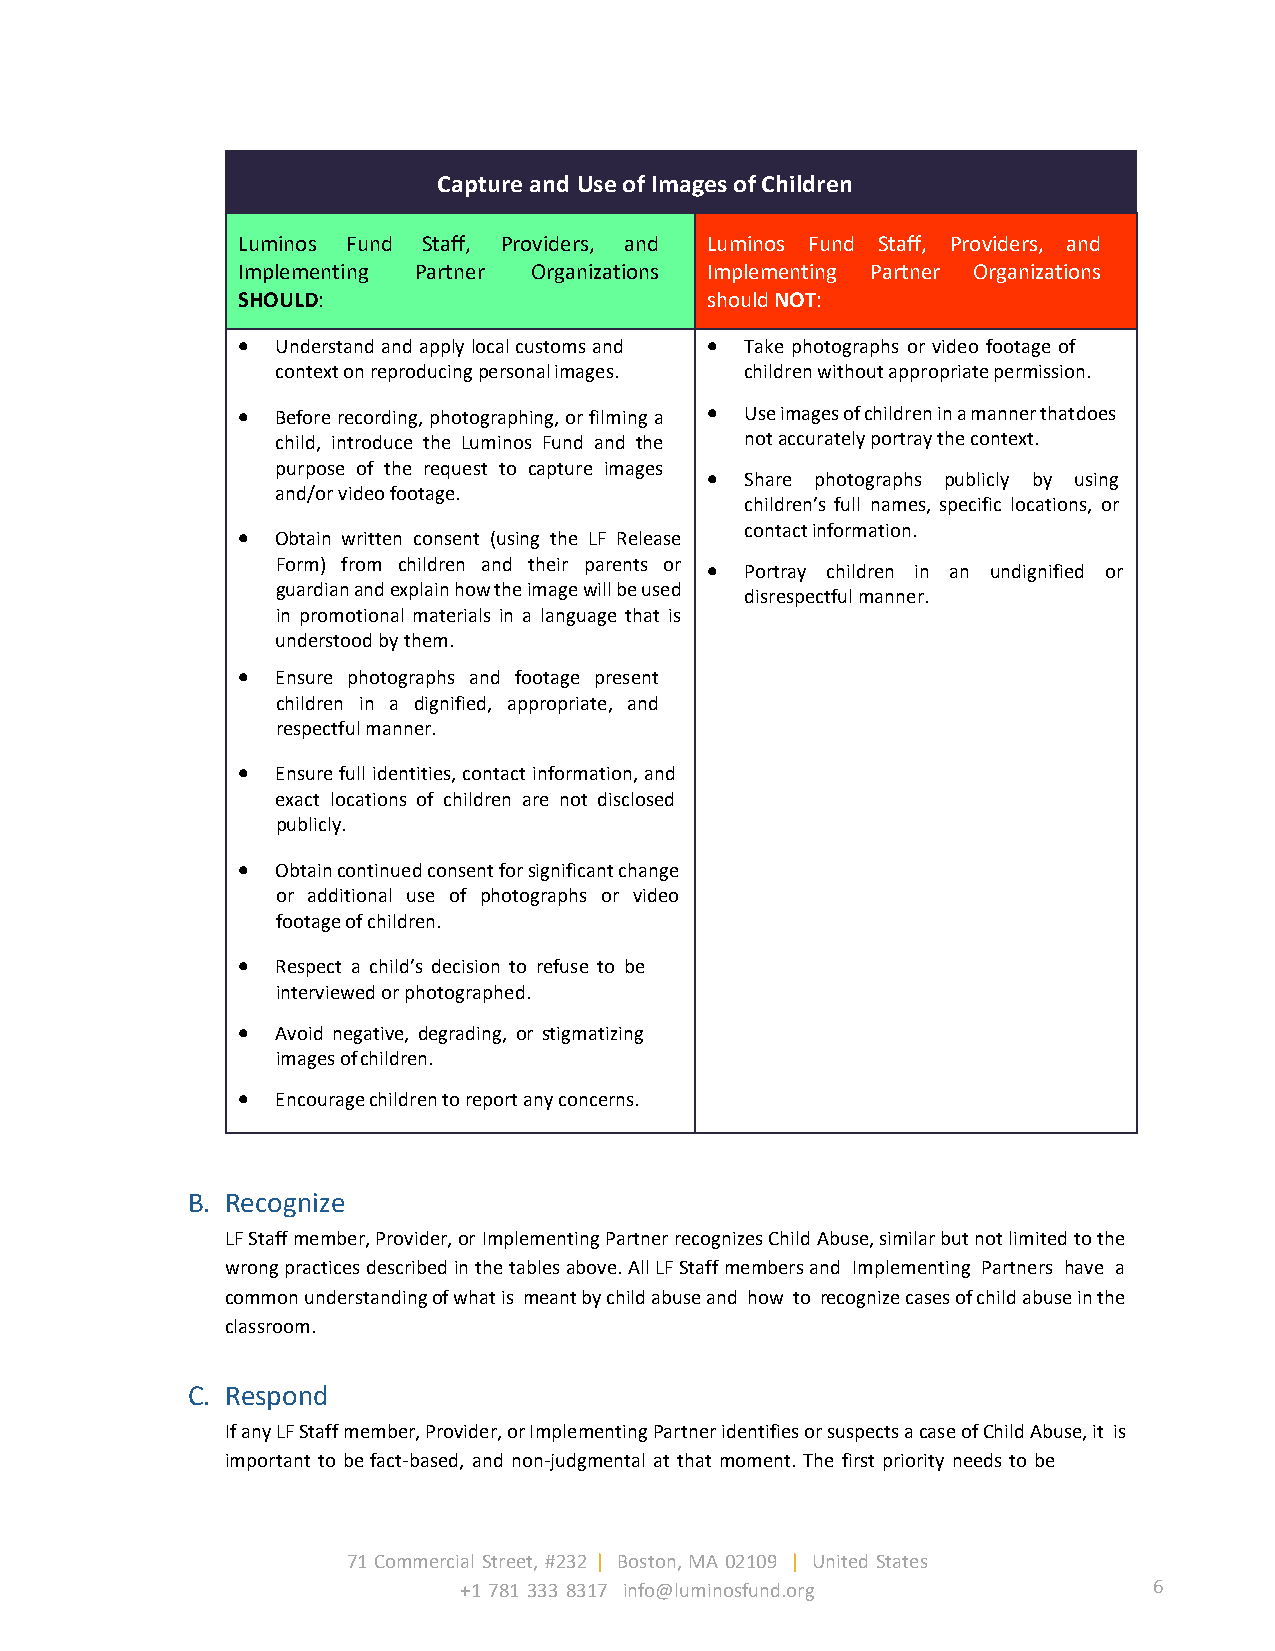
Capture and Use of Images of Children
 Luminos Fund Staff, Providers, and Luminos Fund Staff, Providers, and
 Implementing Partner Organizations Implementing Partner Organizations
 SHOULD:                        should NOT:
 • Understand and apply local customs and • Take photographs or video footage of
 context on reproducing personal images. children without appropriate permission.
 • Before recording, photographing, or filming a • Use images of children in a manner that does
 child, introduce the Luminos Fund and the not accurately portray the context.
 purpose of the request to capture images
 • Share photographs publicly by using
 and/or video footage.
 children’s full names, specific locations, or
 • Obtain written consent (using the LF Release contact information.
 Form) from children and their parents or • Portray children in an undignified or
 guardian and explain how the image will be used
 disrespectful manner.
 in promotional materials in a language that is
 understood by them.
 • Ensure photographs and footage present
 children in a dignified, appropriate, and
 respectful manner.
 • Ensure full identities, contact information, and
 exact locations of children are not disclosed
 publicly.
 • Obtain continued consent for significant change
 or additional use of photographs or video
 footage of children.
 • Respect a child’s decision to refuse to be
 interviewed or photographed.
 • Avoid negative, degrading, or stigmatizing
 images of children.
 • Encourage children to report any concerns.
 B. Recognize
 LF Staff member, Provider, or Implementing Partner recognizes Child Abuse, similar but not limited to the
 wrong practices described in the tables above. All LF Staff members and Implementing Partners have a
 common understanding of what is meant by child abuse and how to recognize cases of child abuse in the
 classroom.
 C. Respond
 If any LF Staff member, Provider, or Implementing Partner identifies or suspects a case of Child Abuse, it is
 important to be fact-based, and non-judgmental at that moment. The first priority needs to be
 71 Commercial Street, #232 | Boston, MA 02109 | United States
 +1 781 333 8317 info@luminosfund.org          6